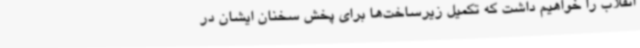
انقلاب را خواهیم داشت که تکمیل زیرساخت‌ها برای پخش سخنان ایشان در